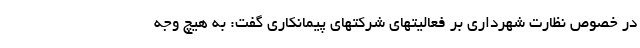
در خصوص نظارت شهرداری بر فعالیتهای شرکتهای پیمانکاری گفت: به هیچ وجه